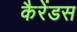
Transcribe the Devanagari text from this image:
कैरेंडस